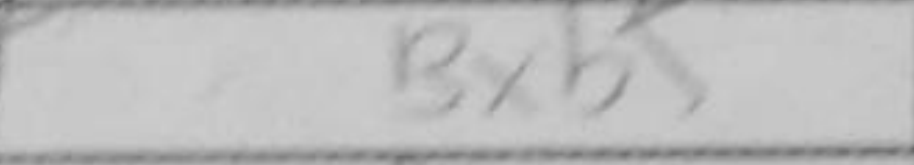
Transcription: Bxb5